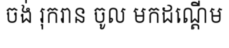
ចង់ រុករាន ចូល មកដណ្តើម